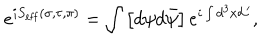
e ^ { i S _ { \mathrm { e f f } } ( \sigma , \tau , \pi ) } = \int \left[ d \psi d \bar { \psi } \right] e ^ { i \int d ^ { 3 } x { \cal L } ^ { \prime } } ,